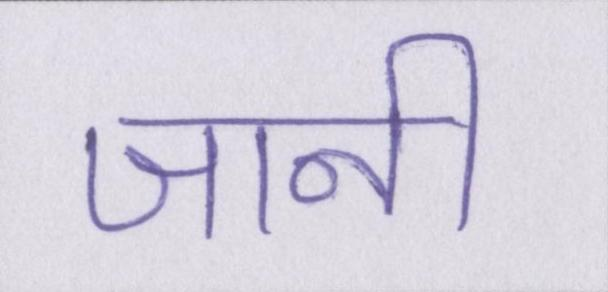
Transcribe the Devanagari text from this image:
जानी